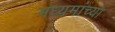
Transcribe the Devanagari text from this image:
मध्यमांच्या